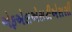
એફએલએસટીએસસી